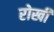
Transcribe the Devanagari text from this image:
रोखी